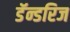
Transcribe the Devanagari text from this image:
डॅन्डरिज